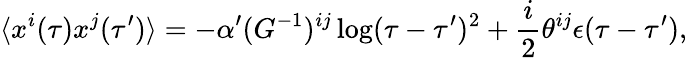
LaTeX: \langle x^{i}(\tau)x^{j}(\tau^{\prime})\rangle=-\alpha^{\prime}(G^{-1})^{ij}\log(\tau-\tau^{\prime})^{2}+\frac{i}{2}\theta^{ij}\epsilon(\tau-\tau^{\prime}),